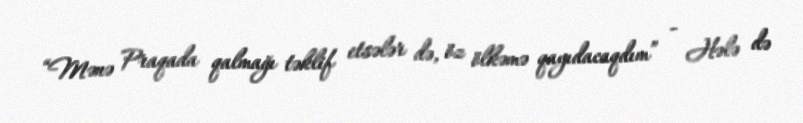
“Mənə Praqada qalmağı təklif etsələr də, öz ölkəmə qayıdacaqdım” - Hələ də